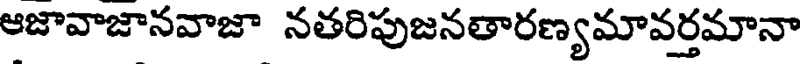
ఆజావాజానవాజా నతరిపుజనతారణ్యమావర్తమానా